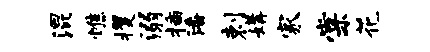
混憔攫溺插潘剌媾家棠花